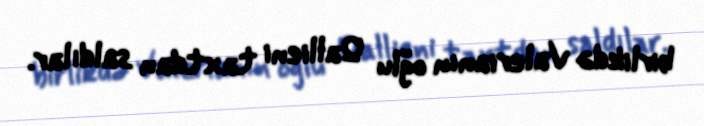
birlikdə Valerianın oğlu Qallieni taxtdan saldılar.